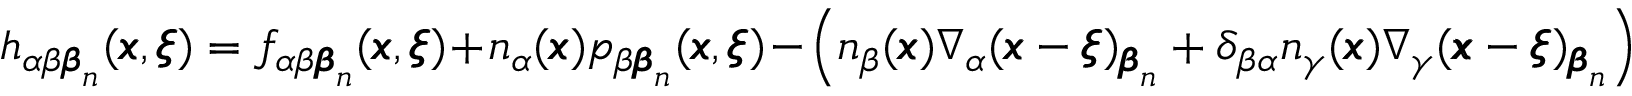
h _ { \alpha \beta { \pmb \beta } _ { n } } ( { \pmb x } , { \pmb \xi } ) = f _ { \alpha \beta { \pmb \beta } _ { n } } ( { \pmb x } , { \pmb \xi } ) + n _ { \alpha } ( { \pmb x } ) p _ { \beta { \pmb \beta } _ { n } } ( { \pmb x } , { \pmb \xi } ) - \left( n _ { \beta } ( { \pmb x } ) \nabla _ { \alpha } ( { \pmb x } - { \pmb \xi } ) _ { { \pmb \beta } _ { n } } + \delta _ { \beta \alpha } n _ { \gamma } ( { \pmb x } ) \nabla _ { \gamma } ( { \pmb x } - { \pmb \xi } ) _ { { \pmb \beta } _ { n } } \right)